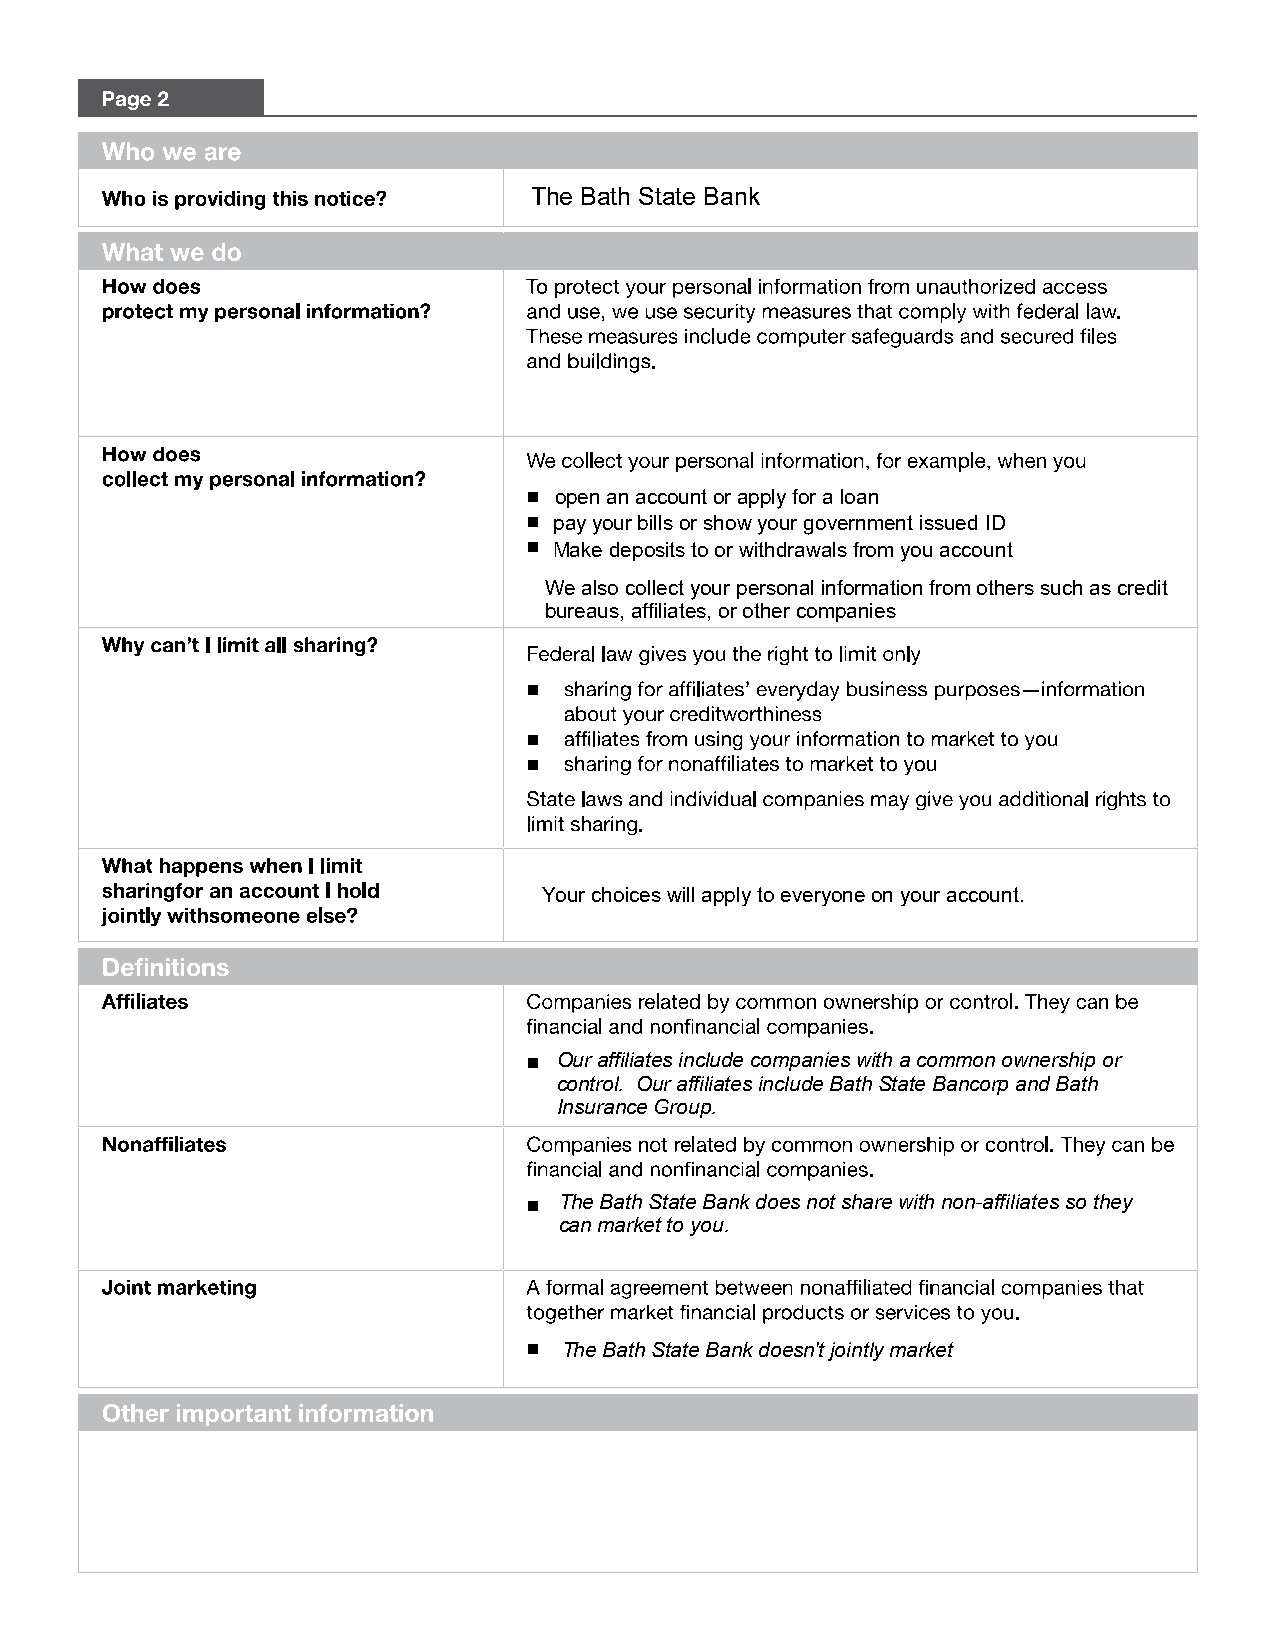
The Bath State Bank
  open an account or apply for a loan
  pay your bills or show your government issued ID
  Make deposits to or withdrawals from you account
 We also collect your personal information from others such as credit
 bureaus, affiliates, or other companies

 Your choices will apply to everyone on your account.
  Our affiliates include companies with a common ownership or
 control. Our affiliates include Bath State Bancorp and Bath
 Insurance Group.
  The Bath State Bank does not share with non-affiliates so they
 can market to you.
  The Bath State Bank doesn't jointly market